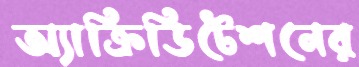
অ্যাক্রিডিটেশনের